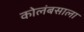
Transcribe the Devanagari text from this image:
कोलंबसाला